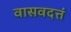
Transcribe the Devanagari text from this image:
वासवदत्तं